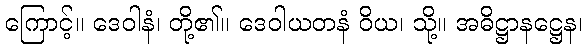
ကြောင့်။ ဒေဝါနံ၊ တို့၏။ ဒေဝါယတနံ ဝိယ၊ သို့။ အဓိဋ္ဌာနဋ္ဌေန၊